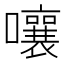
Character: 嚷